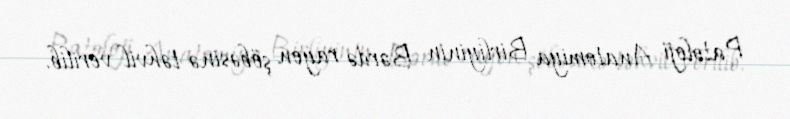
Patoloji Anatomiya Birliyinin Bərdə rayon şöbəsinə təhvil verilib.